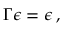
\Gamma \epsilon = \epsilon \, ,